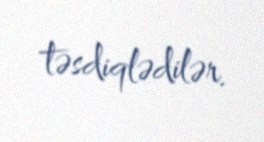
təsdiqlədilər.